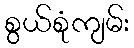
စွယ်စုံကျမ်း